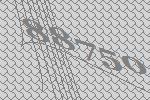
88750